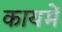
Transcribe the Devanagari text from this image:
कायमें